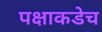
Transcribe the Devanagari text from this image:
पक्षाकडेच